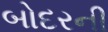
બોદરની